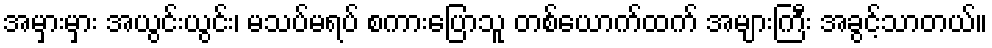
အမှားမှား အယွင်းယွင်း၊ မသပ်မရပ် စကားပြောသူ တစ်ယောက်ထက် အများကြီး အခွင့်သာတယ်။